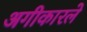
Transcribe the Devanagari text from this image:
अगीकारले